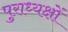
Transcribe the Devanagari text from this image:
पुराध्यक्षों